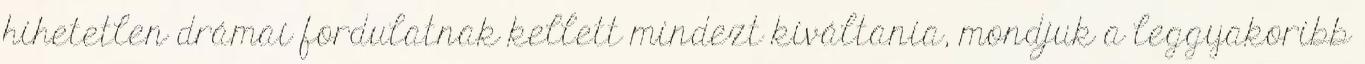
hihetetlen drámai fordulatnak kellett mindezt kiváltania, mondjuk a leggyakoribb